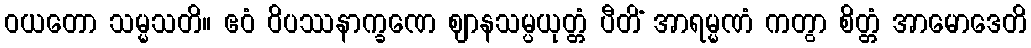
ဝယတော သမ္မသတိ။ ဧဝံ ဝိပဿနာက္ခဏေ ဈာနသမ္ပယုတ္တံ ပီတိံ အာရမ္မဏံ ကတွာ စိတ္တံ အာမောဒေတိ